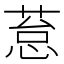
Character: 𰱥